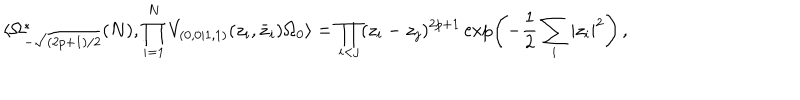
LaTeX: \langle \Omega _ { - \sqrt { ( 2 p + 1 ) / 2 } } ^ { * } ( N ) , \prod _ { i = 1 } ^ { N } V _ { ( 0 , 0 | 1 , 1 ) } ( z _ { i } , \bar { z } _ { i } ) \Omega _ { 0 } \rangle = \prod _ { i < j } ( z _ { i } - z _ { j } ) ^ { 2 p + 1 } \exp \left( - \frac { 1 } { 2 } \sum _ { i } | z _ { i } | ^ { 2 } \right) \, ,